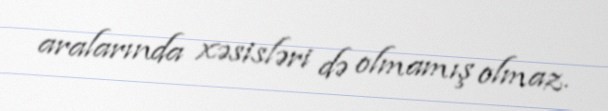
aralarında xəsisləri də olmamış olmaz.